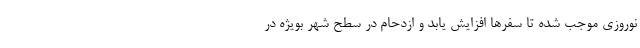
نوروزی موجب شده تا سفر‌ها افزایش یابد و ازدحام در سطح شهر بویژه در